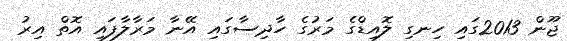
ޖޫން 2013ގައި ހިނގި ލޮއިޑްގެ މަރުގެ ހާދިސާގައި އޭނާ މަރާލާފައި އޮތް އިރު